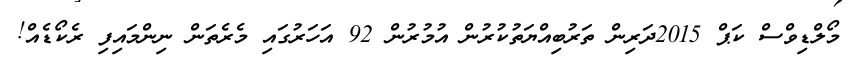
މޯލްޑިވްސް ކަޕް 2015ދަރިން ތަރުބިއްޔަތުކުރުން އުމުރުން 92 އަހަރުގައި މެރެތަން ނިންމައިފި ރެކޯޑެއް!